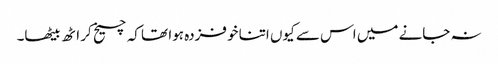
نہ جانے میں اس سے کیوں اتنا خوفزدہ ہوا تھا کہ چیخ کر اٹھ بیٹھا۔